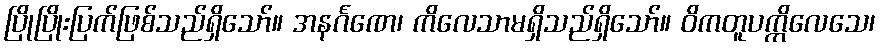
ပြိုပြိုးပြက်ဖြစ်သည်ရှိသော်။ အနင်္ဂဏေ၊ ကိလေသာမရှိသည်ရှိသော်။ ဝိကတူပက္ကိလေသေ၊